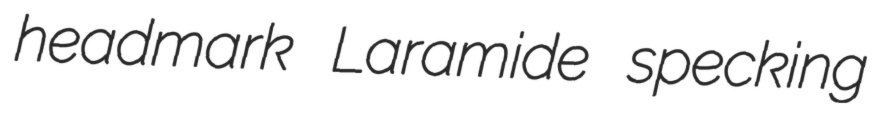
headmark Laramide specking